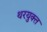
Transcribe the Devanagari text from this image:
थरयुक्त